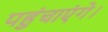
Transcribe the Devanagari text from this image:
पहुंचाएंगे।